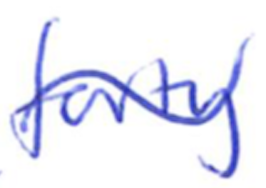
Text: forty
Cross-out: wave
Writing tool: ballpoint